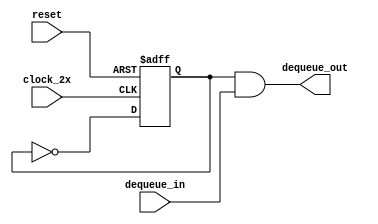
`timescale 1ns / 1ps
/* gen_dequeue.v
 * Generate the dequeue signal for double-pumped BRAM output queues
 *
 * Basically make dequeue happen at the 2nd half (neg half) of the clock cycle
 */
module gen_dequeue (
    clock_2x,
    reset,
    dequeue_in,
    dequeue_out
);

    parameter N = 1;
    
    input           clock_2x;
    input           reset;
    input   [N-1:0] dequeue_in;
    output  [N-1:0] dequeue_out;
    
    reg dequeue_cycle;
    
    always @(posedge clock_2x or posedge reset)
    begin
        if (reset)
            dequeue_cycle = 1'b0;
        else
            dequeue_cycle = ~dequeue_cycle;
    end
    
    assign dequeue_out = {(N){dequeue_cycle}} & dequeue_in;
endmodule